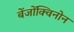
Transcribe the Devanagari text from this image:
बेंजोंक्विनोन